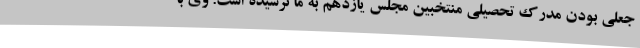
جعلی بودن مدرک تحصیلی منتخبین مجلس یازدهم به ما نرسیده است. وی با